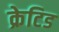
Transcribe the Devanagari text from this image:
क्रेटिड